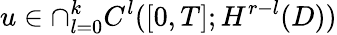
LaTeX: u\in\cap_{l=0}^{k}C^{l}([0,T];H^{r-l}(D))